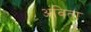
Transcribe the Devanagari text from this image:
अंविता